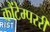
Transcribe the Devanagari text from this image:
कौंटेम्पररी